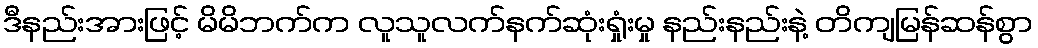
ဒီနည်းအားဖြင့် မိမိဘက်က လူသူလက်နက်ဆုံးရှုံးမှု နည်းနည်းနဲ့ တိကျမြန်ဆန်စွာ